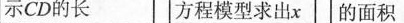
示CD的长 方程模型求出x 的面积